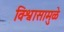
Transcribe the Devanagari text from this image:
विश्वासामुळे